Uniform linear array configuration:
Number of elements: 32
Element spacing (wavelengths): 0.25
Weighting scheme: hamming
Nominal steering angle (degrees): -15
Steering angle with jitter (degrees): -13.26
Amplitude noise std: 0.05
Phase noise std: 0.05

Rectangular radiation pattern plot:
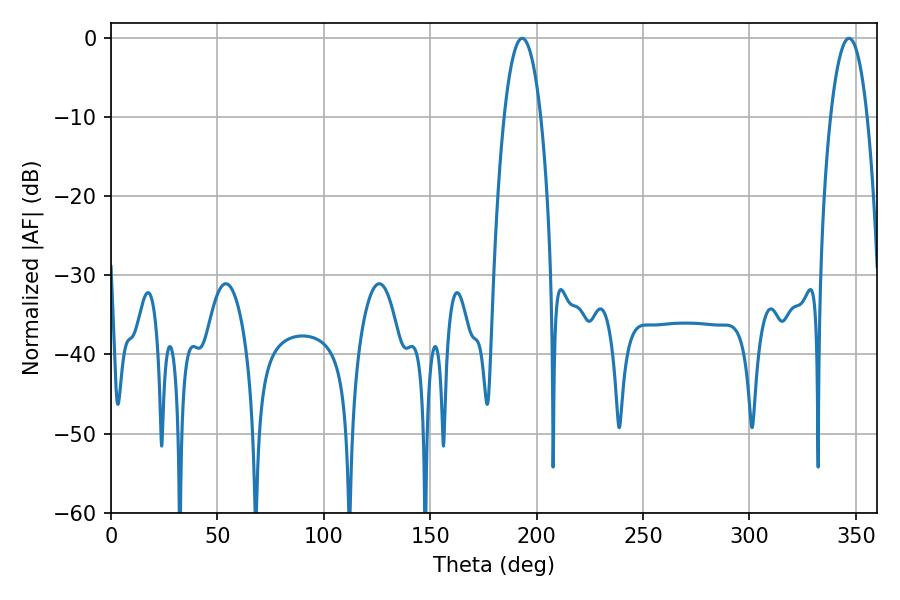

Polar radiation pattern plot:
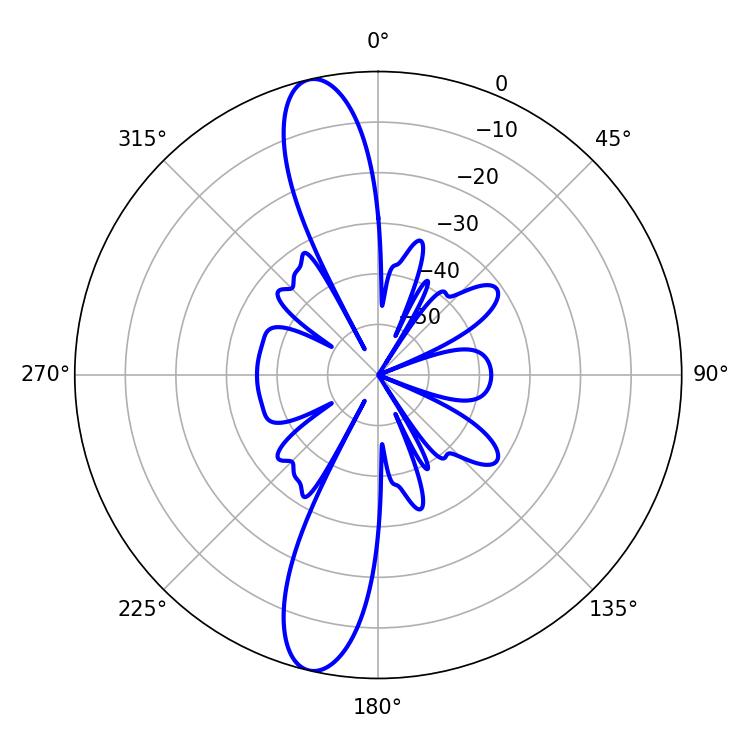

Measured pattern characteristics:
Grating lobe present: FALSE
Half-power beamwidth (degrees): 9.54
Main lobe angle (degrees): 193.14